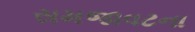
સમજાવટના